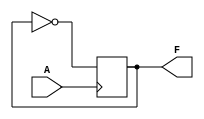
module toggler(A,F);
    input A;
    output reg F = 1;


    always@(negedge A) begin
        F = ~F;
    end



endmodule